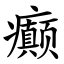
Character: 癫